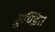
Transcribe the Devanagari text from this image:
मुण्डित